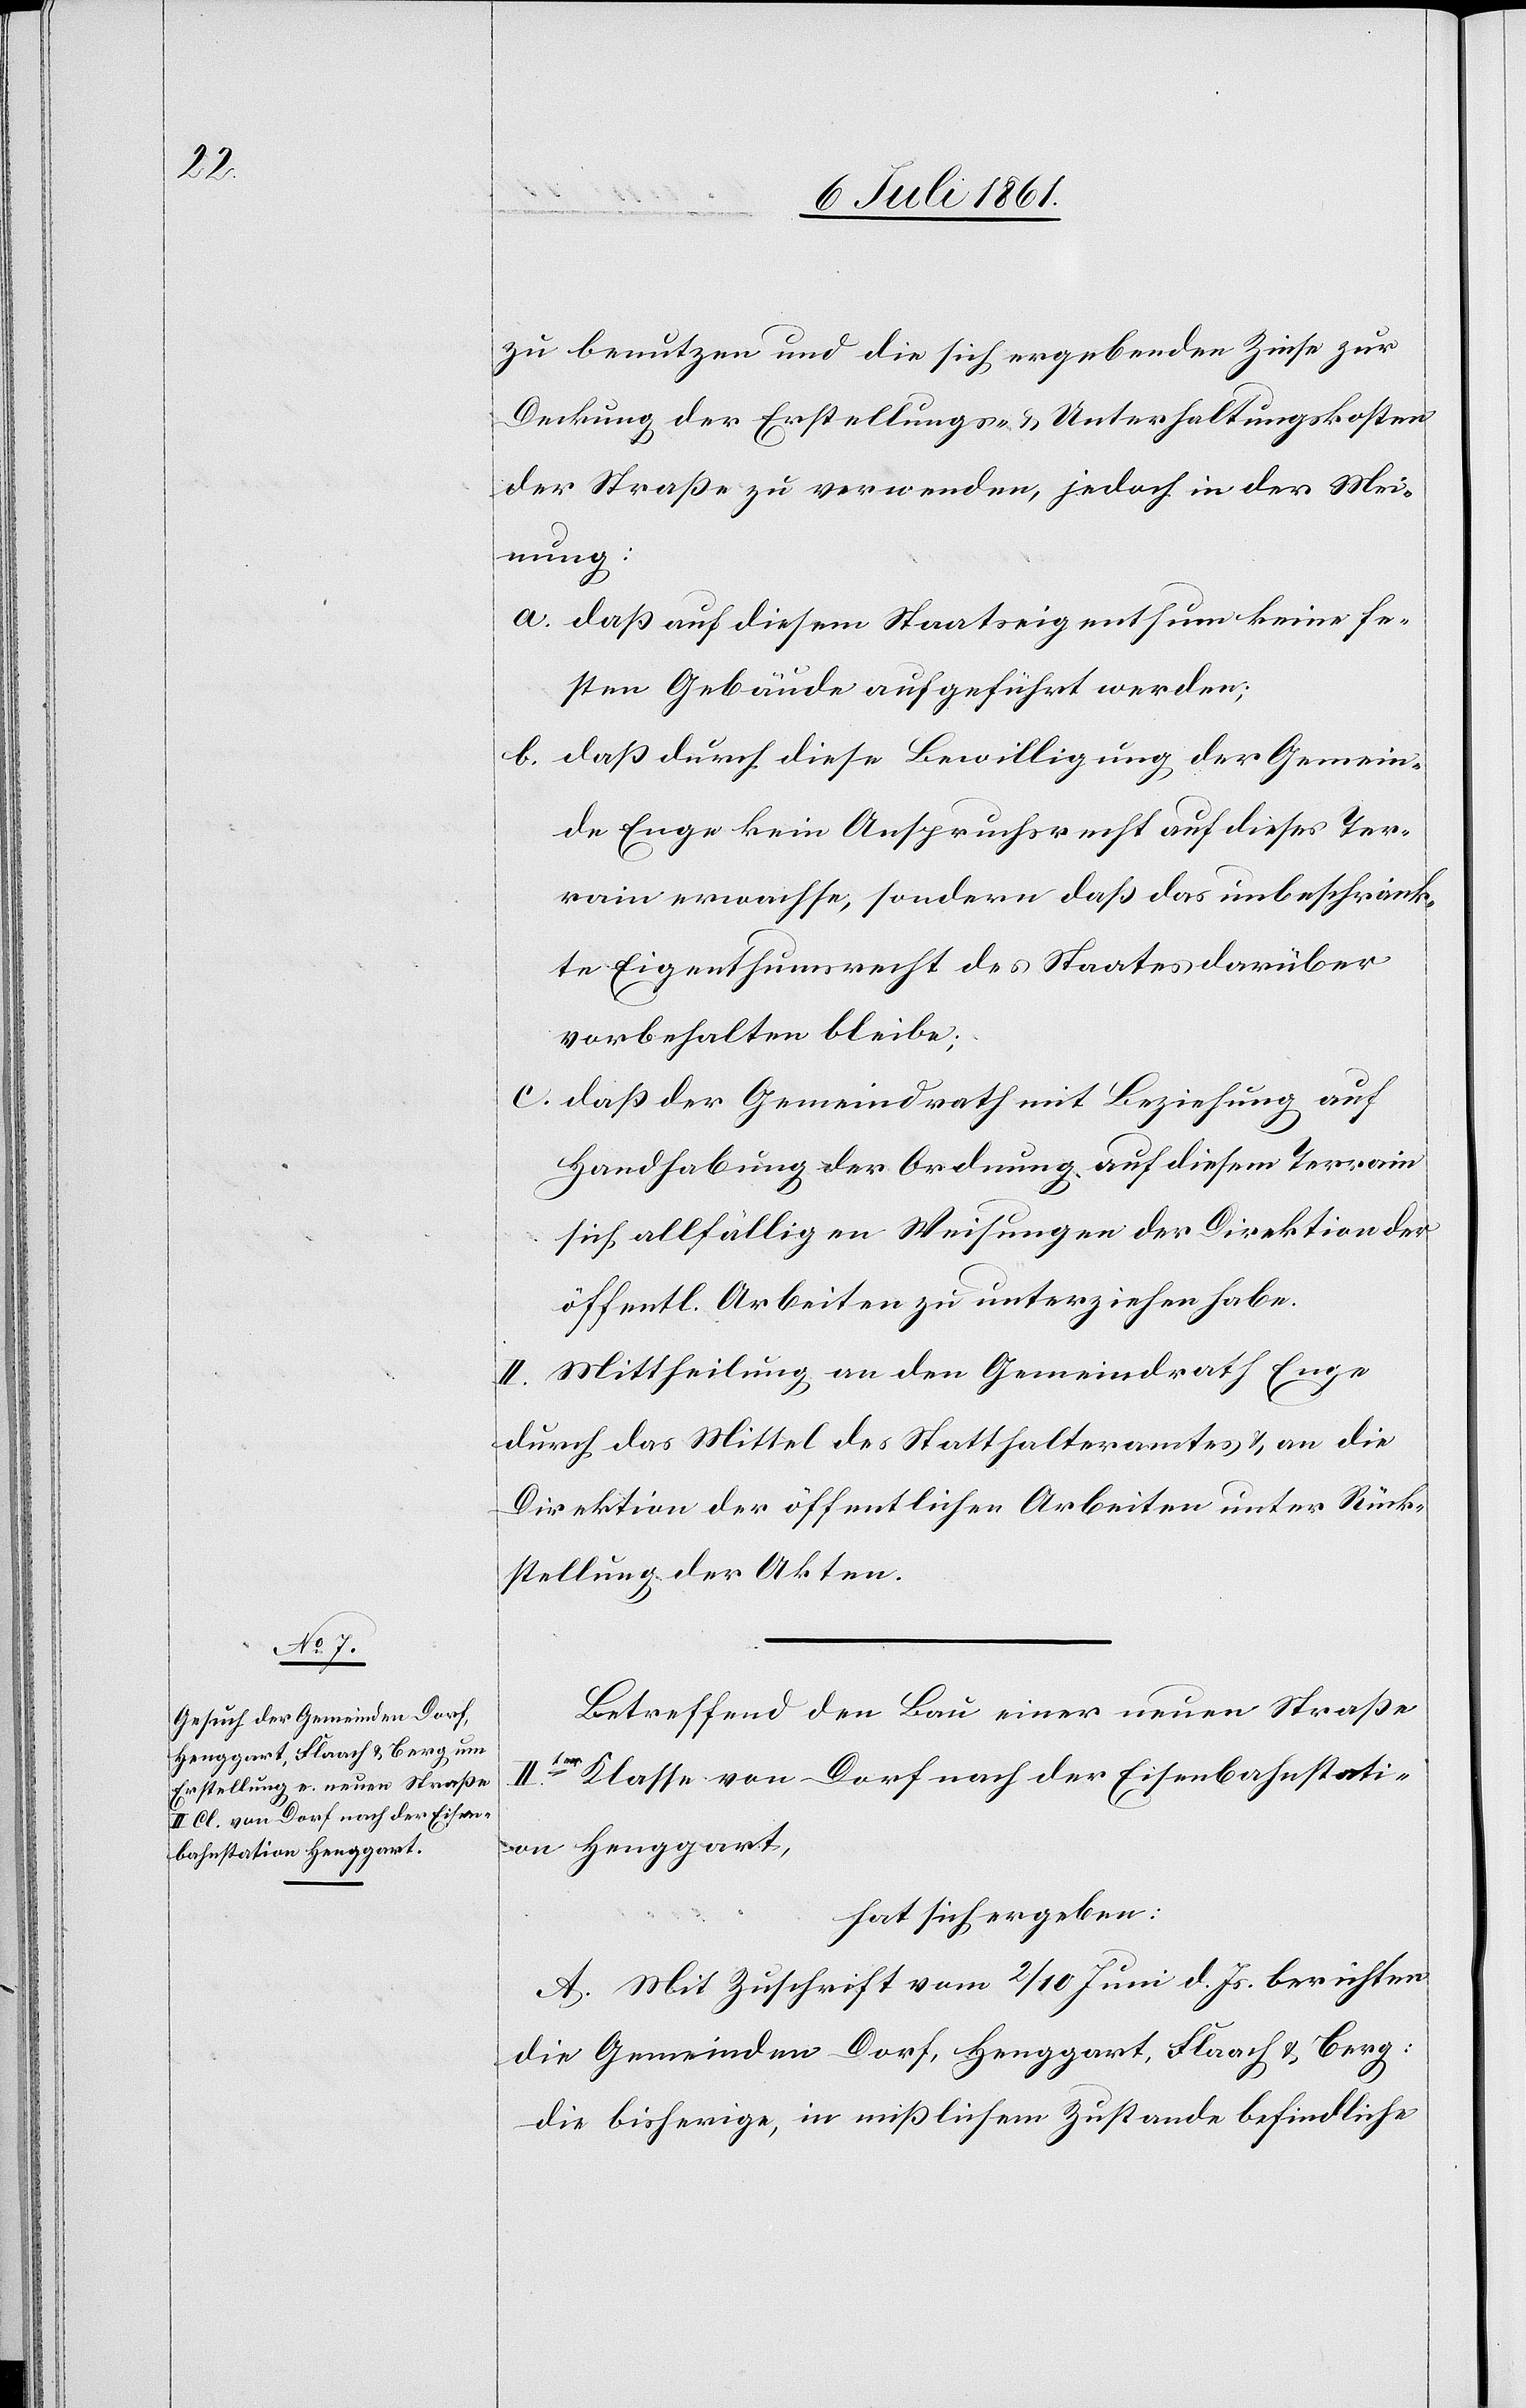
zu benutzen und die sich ergebenden Zinse zur
Deckung der Erstellungs- u. Unterhaltungskosten
der Straße zu verwenden, jedoch in der Mei¬
nung:
a. daß auf diesem Staatseigenthum keine fre¬
ien Gebäude aufgeführt werden;
b. daß durch diese Bewilligung, der Gemein¬
de Enge kein Anspruchsrecht auf dieses Ter¬
rain erwachse, sondern daß das unbeschränk¬
te Eigenthumsrecht des Staates darüber
vorbehalten bleibe;
c. daß der Gemeindrath mit Beziehung auf
Handhabung der Ordnung, auf diesem Terrain
sich allfälligen Weisungen der Direktion der
öffentl. Arbeiten zu unterziehen habe.
II. Mittheilung an den Gemeindrath Enge
durch das Mittel des Statthalteramtes u. an die
Direktion der öffentlichen Arbeiten unter Rück¬
stellung der Akten.
Betreffend den Bau eine neuen Straße
IIter Classe von Dorf nach der Eisenbahnstati¬
on Henggart,
hat sich ergeben:
A. Mit Zuschrift vom 2/10 Juni d. Js. berichten
die Gemeinden Dorf, Henggart, Flaach u. Berg:
die bisherige, in mißlichem Zustande befindliche